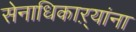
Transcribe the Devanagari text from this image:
सेनाधिकाऱ्यांना